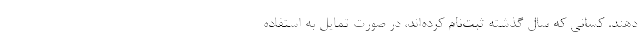
دهند. کسانی که سال گذشته ثبت‌نام کرده‌اند، در صورت تمایل به استفاده